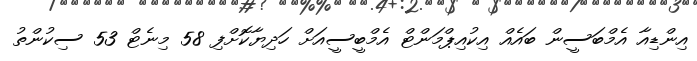
އިންޑިއާ އެމްބަސީން ބައެއް އިކުއިޕްމަންޓް އެމްބީސީއަށް ހަދިޔާކޮށްފި 58 މިނެޓް 53 ސިކުންތު